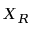
X _ { R }